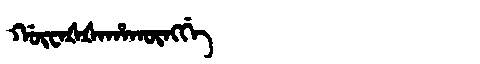
Manchu: ᡤᡡᠸᠠᡧᡧᠠᡥᠠᡴᡡᠩᡤᡝ
Romanization: GŪWAŠŠAHAKŪNGGE